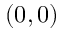
( 0 , 0 )